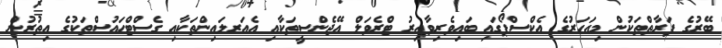
ބޭރުގެ ފަރާތްތަކުން މިއަހަރުގެ އެކްސްޕޯގައި ބައިވެރިވާއިރު ޓްރެވަލް އޭޖެންސީތަކާއި އެއަރލައިންތަކާއި ގެސްޓްހައުސްތަކުގެ އިތުރުން